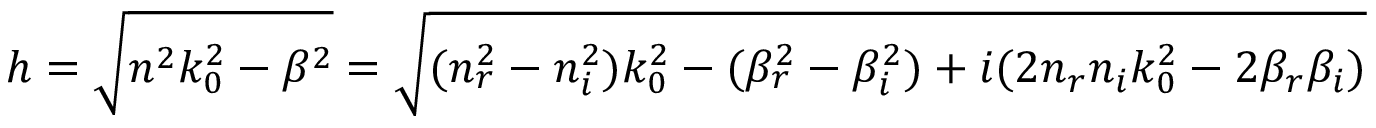
h = \sqrt { n ^ { 2 } k _ { 0 } ^ { 2 } - \beta ^ { 2 } } = \sqrt { ( n _ { r } ^ { 2 } - n _ { i } ^ { 2 } ) k _ { 0 } ^ { 2 } - ( \beta _ { r } ^ { 2 } - \beta _ { i } ^ { 2 } ) + i ( 2 n _ { r } n _ { i } k _ { 0 } ^ { 2 } - 2 \beta _ { r } \beta _ { i } ) }